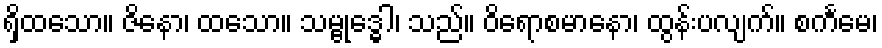
ရှိထသော။ ဇိနော၊ ထသော။ သမ္ဗုဒ္ဓေါ၊ သည်။ ဝိရောစမာနော၊ ထွန်းပလျက်။ စင်္ကမေ၊